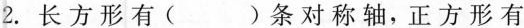
2.长方形有()条对称轴，正方形有